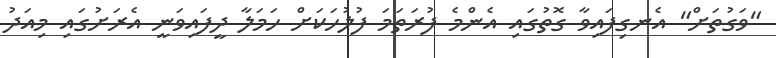
"ވަގުތަށް" އެނގިފައިވާ ގޮތުގައި އެންމެ ފުރަތަމަ ފުލުހަކަށް ހަމަލާ ދީފައިވަނީ އެރަށުގައި މިއަދު